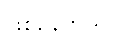
ဖြစ်နေတယ်။